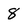
Character: 8